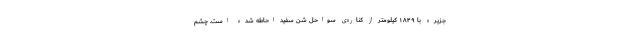
جزیره با ۱۸۴۹ کیلومتر از کناره‌ی سواحل شن سفید احاطه شده است. چشم